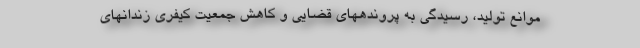
موانع تولید، رسیدگی به پروندههای قضایی و کاهش جمعیت کیفری زندانهای